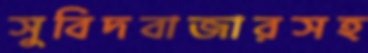
সুবিদবাজারসহ